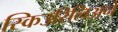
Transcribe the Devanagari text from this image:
स्किउरिलिअने